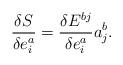
LaTeX: \begin{align*}\frac{\delta S}{\delta e_i^a}=\frac{\delta E^{bj}}{\delta e_i^a}a_j^b.\end{align*}